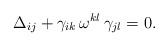
LaTeX: \begin{align*} \Delta_{ij} + \gamma_{ik} \, \omega^{kl} \, \gamma_{jl} = 0.\end{align*}